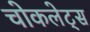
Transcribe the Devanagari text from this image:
चोकलेट्स